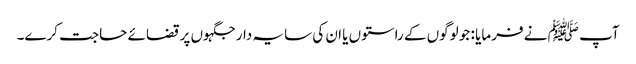
آپ ﷺ نے فرمایا : جو لوگوں کے راستوں یا ان کی سایہ دار جگہوں پر قضائے حاجت کرے۔